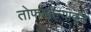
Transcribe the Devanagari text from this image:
तोफखान्याकडे